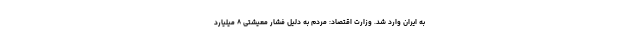
به ایران وارد شد. وزارت اقتصاد: مردم به دلیل فشار معیشتی ۸ میلیارد